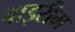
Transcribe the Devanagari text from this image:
बाइरीम